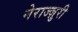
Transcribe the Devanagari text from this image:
नेराज्ज़ुरी